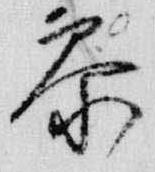
参